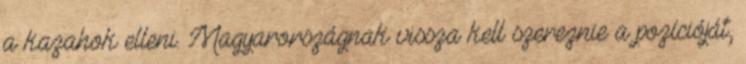
a kazahok elleni. Magyarországnak vissza kell szereznie a pozícióját,